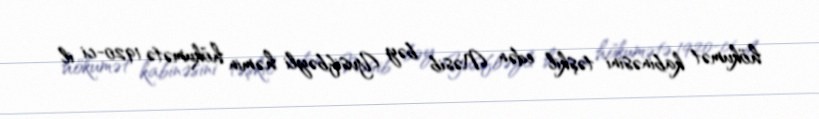
hökumət kabinəsini təşkil edən Nəsib bəy Yusifbəyli həmin hökumətə 1920-ci il